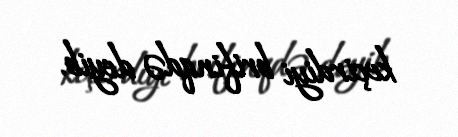
keçirdiyi brifinqdə deyib.